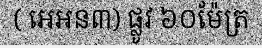
( អេអន៣) ផ្លូវ ៦០ម៉ែត្រ